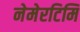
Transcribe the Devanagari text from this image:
नेमेरटिमि